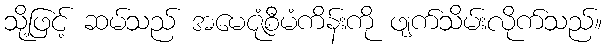
သို့ဖြင့် ဆမ်သည် အမေဇုံစီမံကိန်းကို ဖျက်သိမ်းလိုက်သည်။